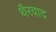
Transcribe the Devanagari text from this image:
थैरवाद